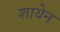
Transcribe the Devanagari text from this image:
शायेन